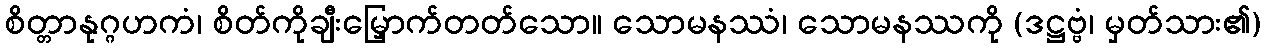
စိတ္တာနုဂ္ဂဟကံ၊ စိတ်ကိုချီးမြှောက်တတ်သော။ သောမနဿံ၊ သောမနဿကို (ဒဋ္ဌဗ္ဗံ၊ မှတ်သား၏)